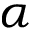
\alpha